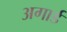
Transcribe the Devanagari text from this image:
अगार्ड